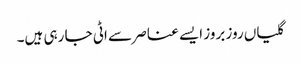
گلیاں روز بروز ایسے عناصر سے اٹی جا رہی ہیں۔